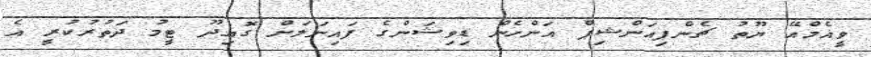
ވީއެމްއޭ ޔޫތު ޗެންޕިއަންޝިޕް އަންހެން ޑިވިޝަންގެ ފައިނަލަށް ގޮއިދޫ ޓީމު ދަތުރުކުރީ އެ